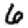
Digit: 6